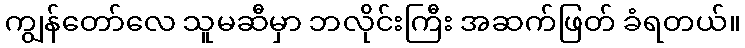
ကျွန်တော်လေ သူမဆီမှာ ဘလိုင်းကြီး အဆက်ဖြတ် ခံရတယ်။